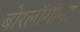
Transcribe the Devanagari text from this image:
बोरलॉगांना